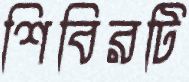
শিবিরটি